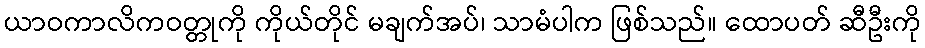
ယာဝကာလိကဝတ္တုကို ကိုယ်တိုင် မချက်အပ်၊ သာမံပါက ဖြစ်သည်။ ထောပတ် ဆီဦးကို